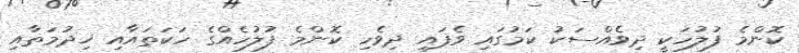
ކޮންމެ ފުލުހަކީ ދިވެއްސަކު ކަމުގައި ވެފައި ދިވެހި ކޮންމެ ފުލުހެއްގެ ހަކަތައާއި ޚިދުމަތާއި